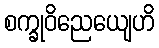
စက္ခုဝိညေယျေဟိ